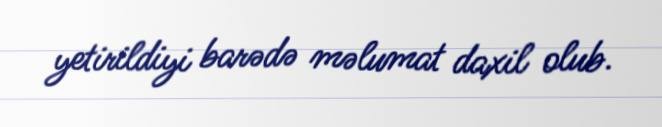
yetirildiyi barədə məlumat daxil olub.